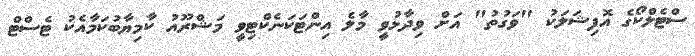
ސްޓެލްކޯގެ އޮފިޝަލަކު "ވަގުތު" އަށް ވިދާޅުވީ މާލެ އިންޓަކަނެކްޓިވީ މަޝްރޫއު ކާމިޔާބުކަމާއެކު ޓެސްޓް